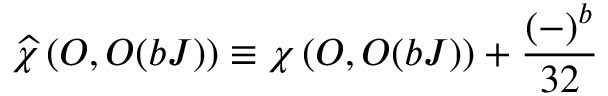
\widehat { \chi } \left( { \cal O } , { \cal O } ( b J ) \right) \equiv \chi \left( { \cal O } , { \cal O } ( b J ) \right) + { \frac { ( - ) ^ { b } } { 3 2 } }